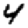
Digit: 4